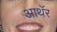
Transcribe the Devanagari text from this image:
आथॅर